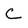
Character: C